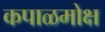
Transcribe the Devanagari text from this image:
कपाळमोक्ष